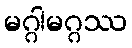
မဂ္ဂါမဂ္ဂဿ